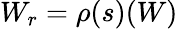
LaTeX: W_{r}=\rho(s)(W)